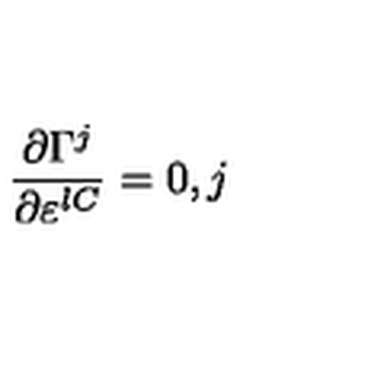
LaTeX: \frac { \partial \Gamma ^ { j } } { \partial \varepsilon ^ { l C } } = 0 , j